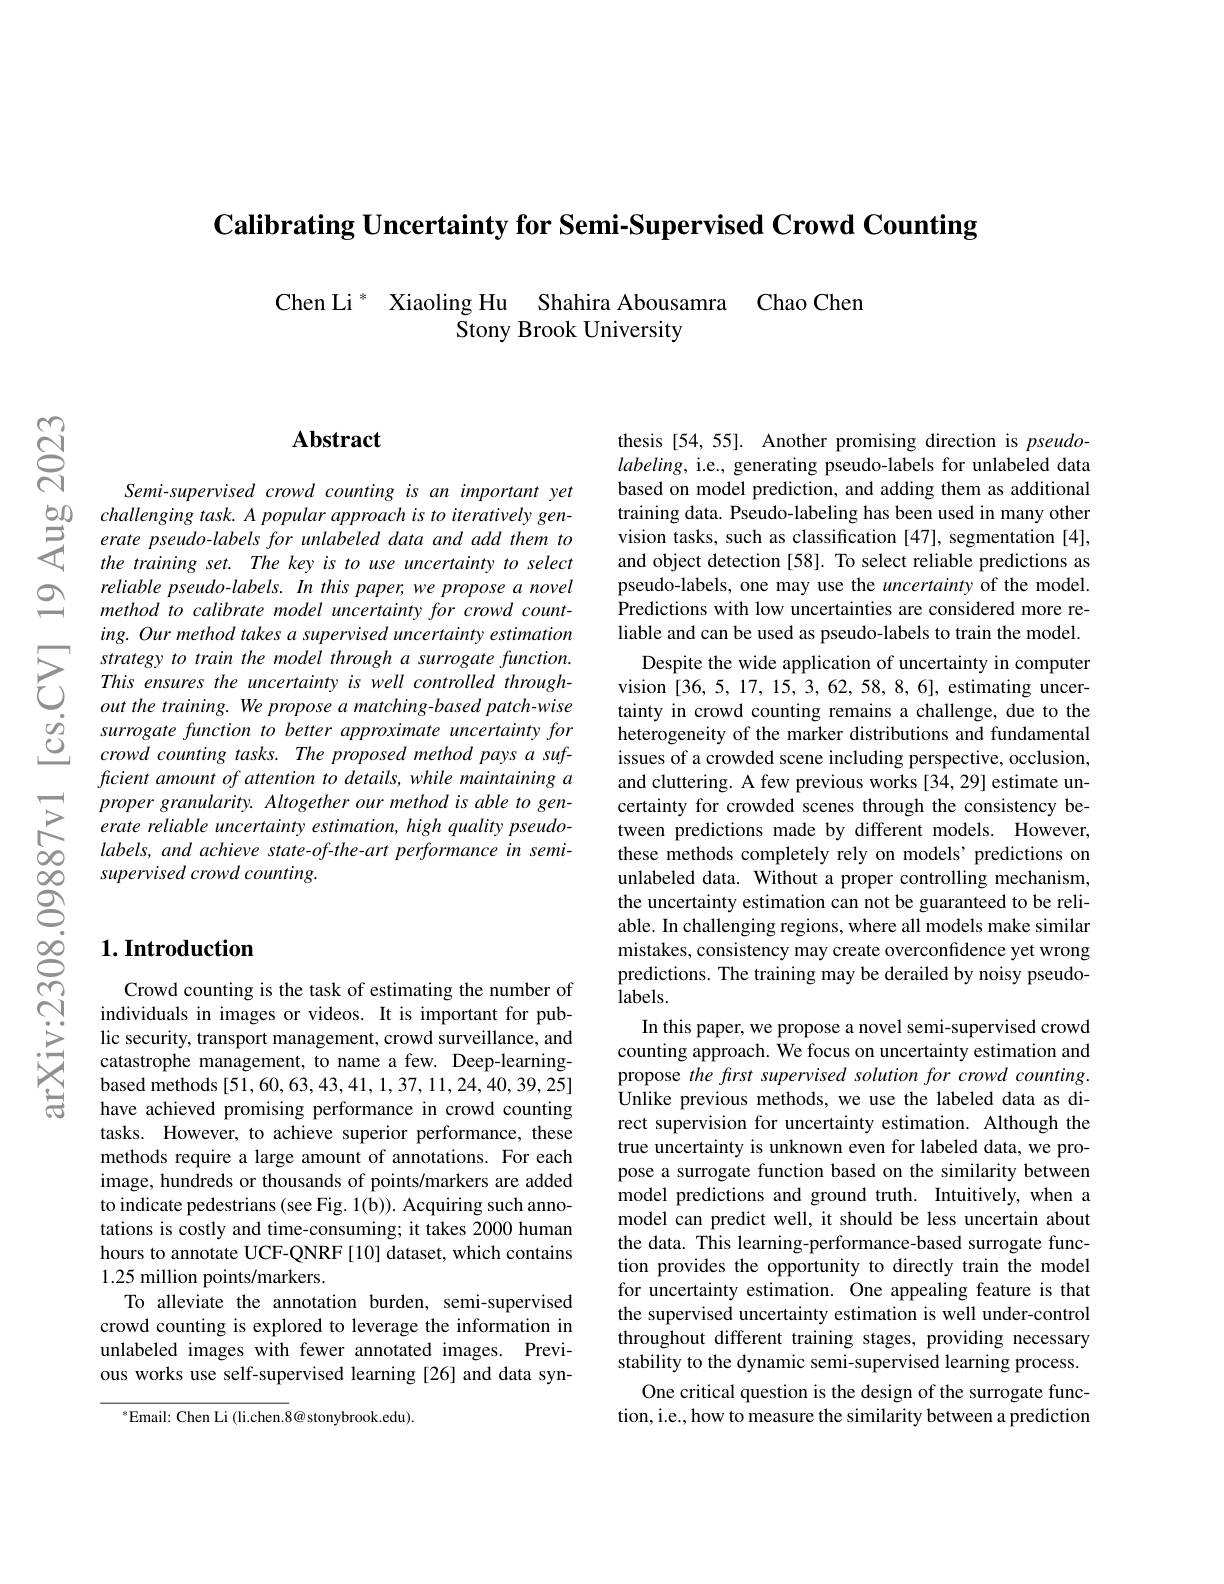
$\textbf{Calibrating Uncertainty for Semi- Supervised Crowd Counting}$

Chen Li $^*$ Xiaoling Hu Shahira Abousamra Chao Chen
Stony Brook University

$ଝୁ$

## Abstract

$Semi-supervisedcrowdcountingisanimportantyet$
$\begin{array}{lll}{50}&{challenging~task.A~popular~approach~is~to~iteratively~gen-}\\{5}&{erate~pseudo~-labels~for~unlabeled~data~and~add~them~to}\\{4}&{the~training~set.~The~key~is~to~use~uncertainty~to~select}\end{array}$
reliable pseudo-labels. In this paper, we propose a novel method to calibrate model uncertainty for crowd counting. Our method takes a supervised uncertainty estimation strategy to train the model through a surrogate function. This ensures the uncertainty is well controlled throughout the training. We propose a matching-based patch-wise surrogate function to better approximate uncertainty for crowd counting tasks. The proposed method pays a sufficient amount of attention to details, while maintaining a proper granularity. Altogether our method is able to generate reliable uncertainty estimation, high quality pseudolabels, and achieve state-of-the-art performance in semisupervised crowd counting.

## $1. \textbf{Introduction}$

Crowd counting is the task of estimating the number of individuals in images or videos. It is important for public security, transport management, crowd surveillance, and catastrophe management, to name a few. Deep-learningbased methods[51,60,63,43,41,1,37,11,24,40,39,25] have achieved promising performance in crowd counting tasks. However, to achieve superior performance, these methods require a large amount of annotations. For each image, hundreds or thousands of points/markers are added to indicate pedestrians (see Fig. 1(b)). Acquiring such annotations is costly and time-consuming; it takes 2000 human hours to annotate UCF-QNRF [10] dataset, which contains 1.25 million points/markers.
To alleviate the annotation burden, semi-supervised crowd counting is explored to leverage the information in unlabeled images with fewer annotated images. Previous works use self-supervised learning [26] and data syn-

$^{*}$Email: Chen Li (li.chen.8@ stonybrook.edu)

thesis [54,55]. Another promising direction is pseudo- $labeling$, i.e., generating pseudo-labels for unlabeled data based on model prediction, and adding them as additional training data. Pseudo-labeling has been used in many other vision tasks, such as classification [47], segmentation [4], and object detection [58]. To select reliable predictions as pseudo-labels, one may use the uncertainty of the model. Predictions with low uncertainties are considered more reliable and can be used as pseudo-labels to train the model.
Despite the wide application of uncertainty in computer vision [36,5,17,15,3,62,58,8,6], estimating uncertainty in crowd counting remains a challenge, due to the heterogeneity of the marker distributions and fundamental issues of a crowded scene including perspective, occlusion, and cluttering. A few previous works [34,29] estimate uncertainty for crowded scenes through the consistency between predictions made by different models. However, these methods completely rely on models' predictions on unlabeled data. Without a proper controlling mechanism, the uncertainty estimation can not be guaranteed to be reliable. In challenging regions, where all models make similar mistakes, consistency may create overconfidence yet wrong predictions. The training may be derailed by noisy pseudo- $labels.$
In this paper, we propose a novel semi-supervised crowd counting approach. We focus on uncertainty estimation and propose the frst supervised solution for crowd counting. Unlike previous methods, we use the labeled data as direct supervision for uncertainty estimation. Although the true uncertainty is unknown even for labeled data, we propose a surrogate function based on the similarity between model predictions and ground truth. Intuitively, when a model can predict well, it should be less uncertain about the data. This learning-performance-based surrogate function provides the opportunity to directly train the model for uncertainty estimation. One appealing feature is that the supervised uncertainty estimation is well under-control throughout different training stages, providing necessary stability to the dynamic semi-supervised learning process.
One critical question is the design of the surrogate function, i.e., how to measure the similarity between a prediction